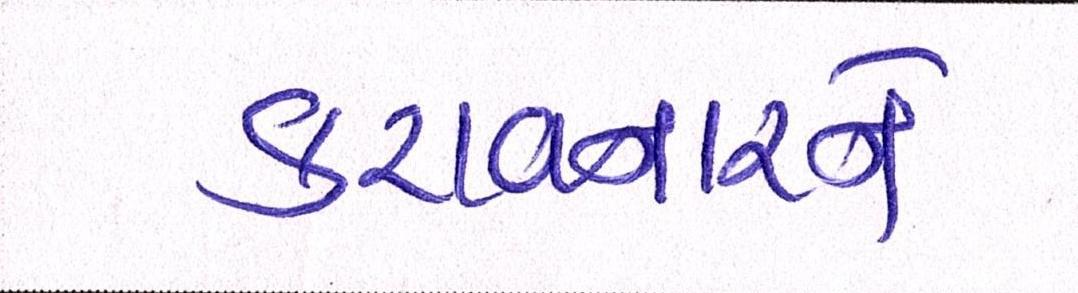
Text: કરાવનારને